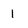
Character: 1